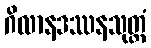
ဂိလာနဒဿနသုတ္တံ